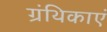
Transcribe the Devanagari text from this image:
ग्रंथिकाएं